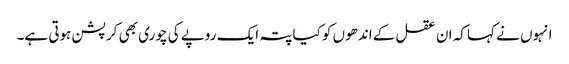
انہوں نے کہا کہ ان عقل کے اندھوں کو کیا پتہ ایک روپے کی چوری بھی کرپشن ہوتی ہے۔